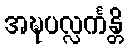
အဍ္ဎပလ္လင်္ကန္တိ